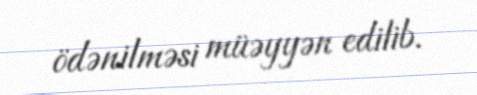
ödənilməsi müəyyən edilib.